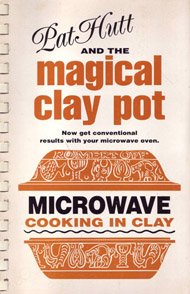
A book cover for Pat Hutt and the Magical Clay Pot: Microwave Cooking in Clay; Pat Hutt; Cookbooks, Food & Wine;